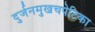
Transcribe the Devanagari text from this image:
दुर्जनमुखचपेटिका